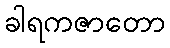
ခါရကဇာတော